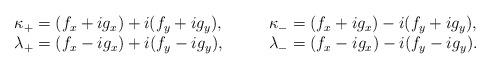
LaTeX: \begin{align*}\begin{array}{ll}\kappa_{+}=(f_{x}+ig_{x})+i(f_{y}+ig_{y}), &\qquad \kappa_{-}=(f_{x}+ig_{x})-i(f_{y}+ig_{y}), \\\lambda_{+}=(f_{x}-ig_{x})+i(f_{y}-ig_{y}), &\qquad \lambda_{-}=(f_{x}-ig_{x})-i(f_{y}-ig_{y}).\end{array} \end{align*}